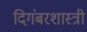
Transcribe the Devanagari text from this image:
दिगंबरशास्त्री